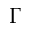
\Gamma